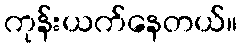
ကုန်းယက်နေတယ်။